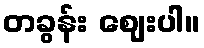
တခွန်း ဈေးပါ။